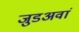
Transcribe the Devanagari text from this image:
जुडअवां